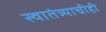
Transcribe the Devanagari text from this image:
स्वातंत्र्याचीही